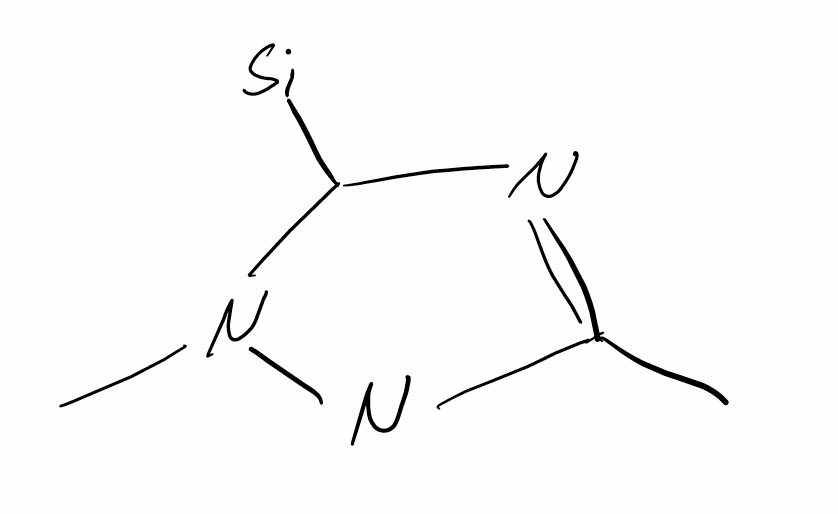
Simplified molecular-input line-entry system (SMILES) notation of the given molecule:
CC1=NC(N(N1C)C)[Si]